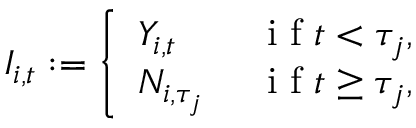
I _ { i , t } : = \left\{ \begin{array} { l l } { Y _ { i , t } \quad } & { \mathrm { ~ i ~ f ~ } t < \tau _ { j } , } \\ { N _ { i , \tau _ { j } } } & { \mathrm { ~ i ~ f ~ } t \geq \tau _ { j } , } \end{array} \right.